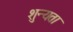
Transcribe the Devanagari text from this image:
शुन्यता